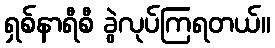
ရှစ်နာရီစီ ခွဲလုပ်ကြရတယ်။